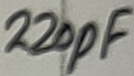
Text: 220pF